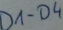
Text: D1-D4